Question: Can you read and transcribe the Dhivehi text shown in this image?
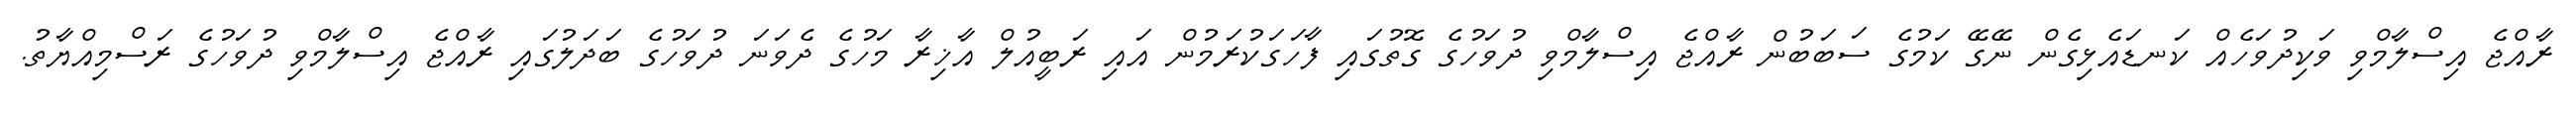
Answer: ރާއްޖެ އިސްލާމްވި ވަކިދުވަހެއް ކަނޑައެޅިގެން ނޭގޭ ކަމުގެ ސަބަބުން ރާއްޖެ އިސްލާމްވި ދުވަހުގެ ގޮތުގައި ފާހަގަކުރަމުން އައި ރަބީއުލް އާޚިރާ މަހުގެ ދެވަނަ ދުވަހުގެ ބަދަލުގައި ރާއްޖެ އިސްލާމްވި ދުވަހުގެ ރަސްމިއްޔާތު.